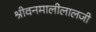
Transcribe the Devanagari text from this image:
श्रीवनमालीलालजी